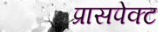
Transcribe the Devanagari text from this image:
प्रासपेक्ट